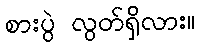
စားပွဲ လွတ်ရှိလား။